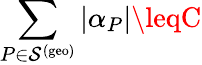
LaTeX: \sum_{P\in\mathcal{S}^{(\mathrm{{geo}})}}|\alpha_{P}|\leqC